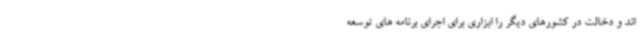
اند و دخالت در کشورهای دیگر را ابزاری برای اجرای برنامه های توسعه